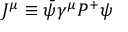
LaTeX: J ^ { \mu } \equiv \bar { \psi } \gamma ^ { \mu } P ^ { + } \psi